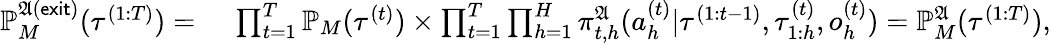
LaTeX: \begin{array}{rl}{\mathbb{P}_{M}^{\mathfrak{A}(\mathsf{exit})}(\tau^{(1:T)})=}&{~\prod_{t=1}^{T}\mathbb{P}_{M}(\tau^{(t)})\times\prod_{t=1}^{T}\prod_{h=1}^{H}\pi_{t,h}^{\mathfrak{A}}(a_{h}^{(t)}|\tau^{(1:t-1)},\tau_{1:h}^{(t)},o_{h}^{(t)})=\mathbb{P}_{M}^{\mathfrak{A}}(\tau^{(1:T)}),}\end{array}